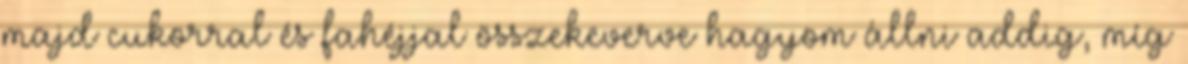
majd cukorral és fahéjjal összekeverve hagyom állni addig, míg